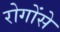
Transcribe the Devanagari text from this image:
रोगोंसे